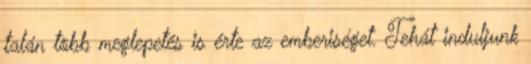
talán több meglepetés is érte az emberiséget. Tehát induljunk